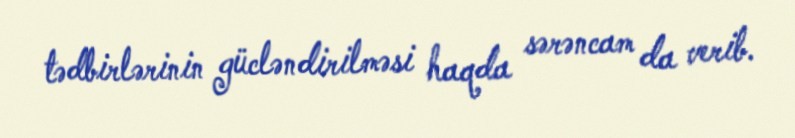
tədbirlərinin gücləndirilməsi haqda sərəncam da verib.